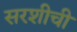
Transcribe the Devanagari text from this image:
सरशीची